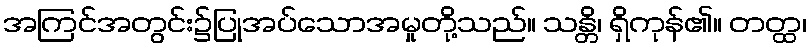
အကြင်အတွင်း၌ပြုအပ်သောအမှုတို့သည်။ သန္တိ၊ ရှိကုန်၏။ တတ္ထ၊